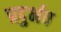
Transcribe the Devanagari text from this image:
प्रदुर्भव